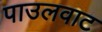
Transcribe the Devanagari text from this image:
पाउलवाट